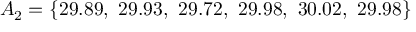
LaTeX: A _ { 2 } = \{ 2 9 . 8 9 , \ 2 9 . 9 3 , \ 2 9 . 7 2 , \ 2 9 . 9 8 , \ 3 0 . 0 2 , \ 2 9 . 9 8 \}